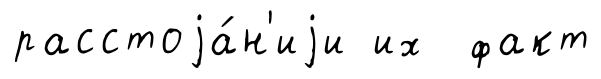
расстоjа́н'иjи их факт